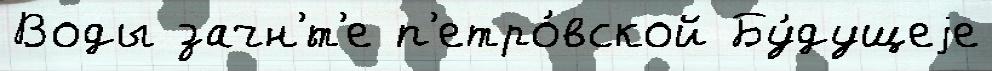
Воды зачн'́т'е п'етро́вской Бу́дущеjе